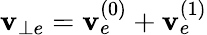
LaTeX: \mathbf{v}_{\bot e}=\mathbf{v}_{e}^{(0)}+\mathbf{v}_{e}^{(1)}